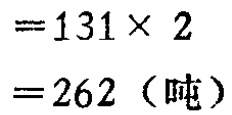
\[

\begin{align*}

&=131\times 2\\

&=262（吨）

\end{align*}

\]